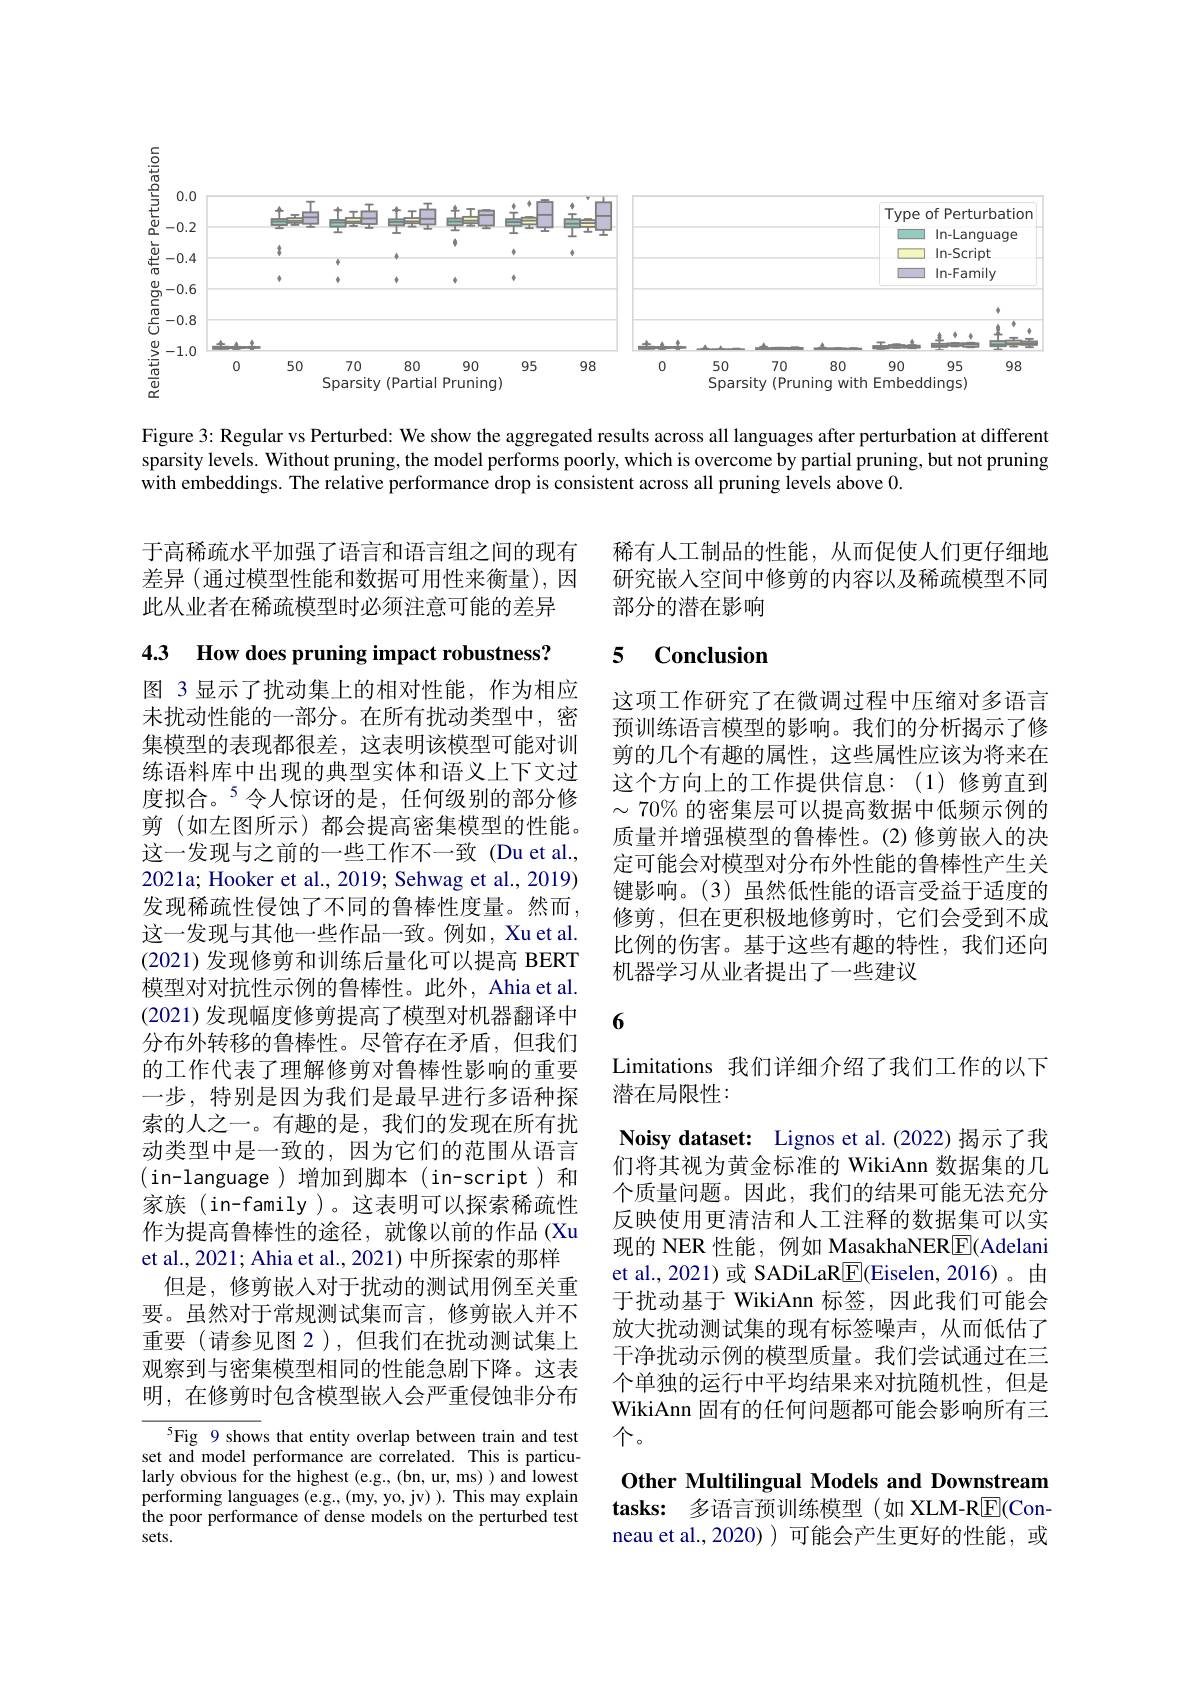
$\underline{5}$

<FigureHere>

Figure 3: Regular vs Perturbed: We show the aggregated results across all languages after perturbation at different sparsity levels. Without pruning, the model performs poorly, which is overcome by partial pruning, but not pruning with embeddings. The relative performance drop is consistent across all pruning levels above 0.

于高稀疏水平加强了语言和语言组之间的现有差异 (通过模型性能和数据可用性来衡量),因此从业者在稀疏模型时必须注意可能的差异

# 4.3 How does pruning impact robustness?

图 3 显示了扰动集上的相对性能，作为相应未扰动性能的一部分。在所有扰动类型中，密集模型的表现都很差，这表明该模型可能对训练语料库中出现的典型实体和语义上下文过度拟合。$^{5}$令人惊讶的是，任何级别的部分修剪 (如左图所示) 都会提高密集模型的性能。这一发现与之前的一些工作不一致(Du et al., 2021a; Hooker et al., 2019; Sehwag et al., 2019) 发现稀疏性侵蚀了不同的鲁棒性度量。然而， 这一发现与其他一些作品一致。例如，Xu et al. (2021)发现修剪和训练后量化可以提高 BERT 模型对对抗性示例的鲁棒性。此外，Ahia et al. (2021)发现幅度修剪提高了模型对机器翻译中分布外转移的鲁棒性。尽管存在矛盾，但我们的工作代表了理解修剪对鲁棒性影响的重要一步，特别是因为我们是最早进行多语种探索的人之一。有趣的是，我们的发现在所有扰动类型中是一致的，因为它们的范围从语言(in-language)增加到脚本(in-script)和家族(in-family)。这表明可以探索稀疏性作为提高鲁棒性的途径，就像以前的作品(Xu et al., 2021; Ahia et al., 2021) 中所探索的那样
但是，修剪嵌人对于扰动的测试用例至关重要。虽然对于常规测试集而言，修剪嵌人并不重要(请参见图 2),但我们在扰动测试集上观察到与密集模型相同的性能急剧下降。这表明，在修剪时包含模型嵌入会严重侵蚀非分布
5Fig 9 shows that entity overlap between train and test

set and model performance are correlated. This is particularly obvious for the highest (e.g., (bn, ur, ms) ) and lowest $\underset{\mathrm{d}}{\operatorname*{\text{performing languages (e.g.,(my,yo,jv)).Thismayexplain}}}$ the poor performance of dense models on the perturbed test sets.

稀有人工制品的性能，从而促使人们更仔细地研究嵌人空间中修剪的内容以及稀疏模型不同部分的潜在影响

### 5 $\mathbf{Conclusion}$

这项工作研究了在微调过程中压缩对多语言预训练语言模型的影响。我们的分析揭示了修剪的几个有趣的属性，这些属性应该为将来在这个方向上的工作提供信息：(1)修剪直到$\sim70\%$的密集层可以提高数据中低频示例的质量并增强模型的鲁棒性。(2)修剪嵌入的决定可能会对模型对分布外性能的鲁棒性产生关键影响。(3)虽然低性能的语言受益于适度的修剪，但在更积极地修剪时，它们会受到不成比例的伤害。基于这些有趣的特性，我们还向机器学习从业者提出了一些建议

6

Limitations 我们详细介绍了我们工作的以下
潜在局限性：
Noisy dataset: Lignos et al.(2022) 揭示了我们将其视为黄金标准的 WikiAnn 数据集的几个质量问题。因此，我们的结果可能无法充分反映使用更清洁和人工注释的数据集可以实现的 NER 性能，例如 MasakhaNERE(Adelani et al., 2021) 或 SADiLaR$\underline{\mathrm{E}}($Eiselen, 2016)。由于扰动基于 WikiAnn 标签，因此我们可能会放大扰动测试集的现有标签噪声，从而低估了干净扰动示例的模型质量。我们尝试通过在三个单独的运行中平均结果来对抗随机性，但是WikiAnn 固有的任何问题都可能会影响所有三个。

Other Multilingual Models and Downstream

tasks: 多语言预训练模型(如 XLM-R$\underline{\mathrm{E}}($Conneau et al.,2020) ) 可能会产生更好的性能，或